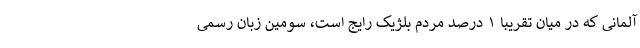
آلمانی که در میان تقریبا ۱ درصد مردم بلژیک رایج است، سومین زبان رسمی